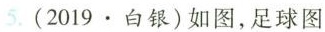
5.(2019.白银)如图，足球图